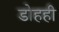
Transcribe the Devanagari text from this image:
डोहही